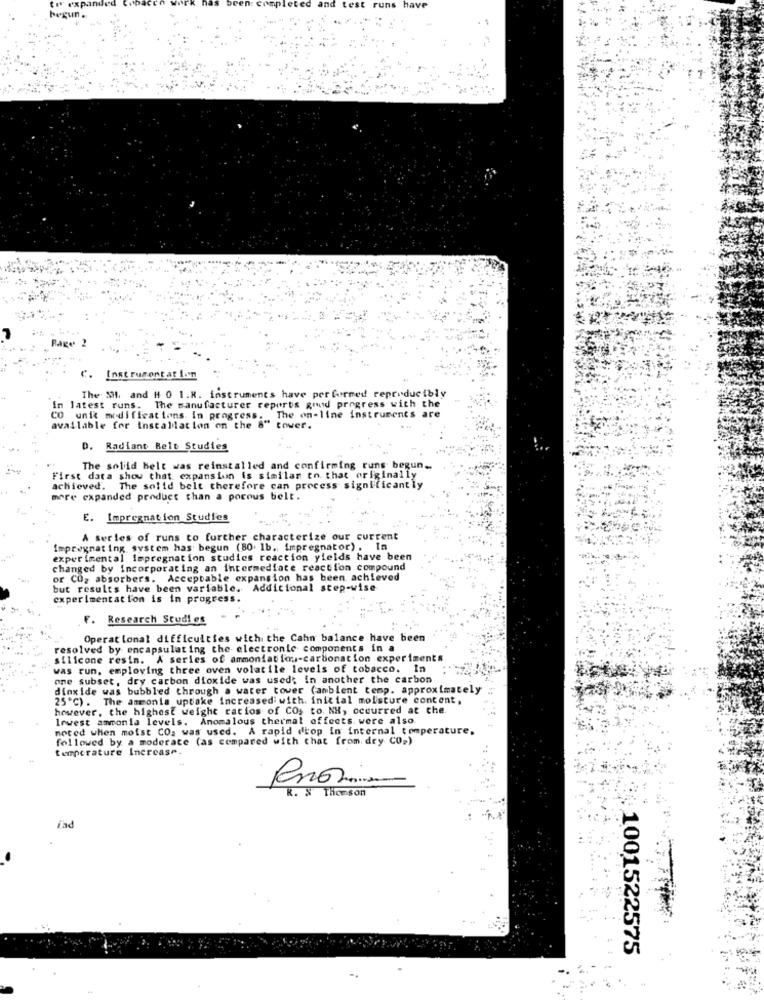
begun.
and test runs have
Page
C. Instrument at lon
The Si, and H 0 1.8. instruments have performed repreducibly
In latest runs. The manufacturer reports good progress with the
O unie modifications. In progress. The on-line instruments are
available for installation on the 8" tower.
D. Radiant Belt Studies
The solid Belt was reinstalled and confirming runs begun ..
First data show that expansion is similar to that originally
achieved. The solid belt therefore can process significantly
more expanded product than a porous belt.
E. Impregnation Studies
A series of runs to further characterize our current
impregnating system has begun (80. 1b. impregnator) . In
experimental fepregnation studies reaction yields have been
changed by incorporating an intermediate reaction compound
or CO2 absorbers. Acceptable expansion has been achieved
but results have been variable. Addicional step-wise
experimentation is in progress.
F. Research Studi es
Operat lonal difficulties with the Cahn balance have been
resolved by encapsulating the electronic components in a
silicone resim. A series of ammoniatlou-carbonation experiments
was run, employing three oven volatile levels of tobacco. In
one subset, dry carbon dioxide was used: in another the carbon
dioxide was bubbled through a water tower (ambient temp. approximately
25'℃) . The ammonia uptake increased with. inicial moisture content,
however, the highest weight ratios of CO, to. NH, occurred at the.
Irwest ammonia levels. Anomalous thermal offects. were also.
mered when moist CO. was used. A rapid drop In internal temperature.
followed by a moderate (as compared with chat from. dry Co.)
temperature Increase.
R. N Thomson
řad
1001522575